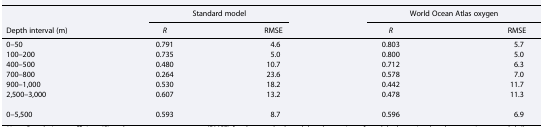
<table><thead><tr><td rowspan="2"><b>Depth interval (m)</b></td><td colspan="2"><b>Standard model</b></td><td colspan="2"><b>World Ocean Atlas oxygen</b></td></tr><tr><td><b><i>R</i></b></td><td><b>RMSE</b></td><td><b><i>R</i></b></td><td><b>RMSE</b></td></tr></thead><tbody><tr><td>0–50</td><td>0.791</td><td>4.6</td><td>0.803</td><td>5.7</td></tr><tr><td>100–200</td><td>0.735</td><td>5.0</td><td>0.800</td><td>5.0</td></tr><tr><td>400–500</td><td>0.480</td><td>10.7</td><td>0.712</td><td>6.3</td></tr><tr><td>700–800</td><td>0.264</td><td>23.6</td><td>0.578</td><td>7.0</td></tr><tr><td>900–1,000</td><td>0.530</td><td>18.2</td><td>0.442</td><td>11.7</td></tr><tr><td>2,500–3,000</td><td>0.607</td><td>13.2</td><td>0.478</td><td>11.3</td></tr><tr><td>0–5,500</td><td>0.593</td><td>8.7</td><td>0.596</td><td>6.9</td></tr></tbody></table>